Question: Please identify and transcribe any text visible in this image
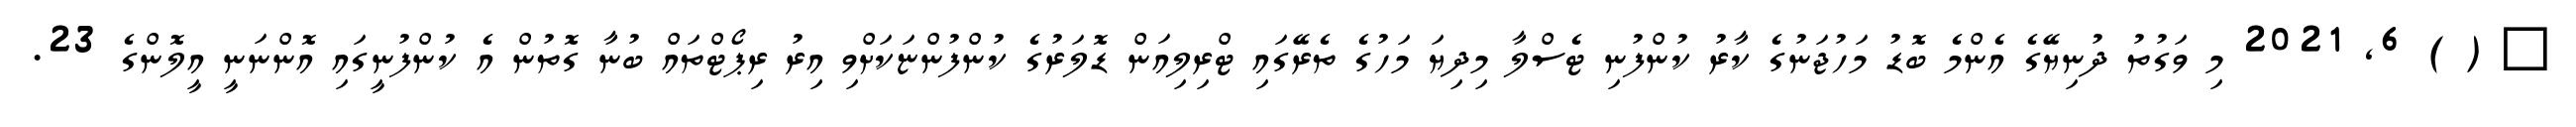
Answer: ? ( ) 6, 2021 މި ވަގުތު ދުނިޔޭގެ އެންމެ ބޮޑު މަހުޖަނުގެ ކާރު ކުންފުނި ޓެސްލާ މިދިޔަ މަހުގެ ތެރޭގައި ޓްރިލިއަން ޑޮލަރުގެ ކުންފުންޏަކަށްވި އިރު ރިޕޯޓްތައް ބުނާ ގޮތުން އެ ކުންފުނީގައި އޮންނަނީ އީލޮންގެ 23.